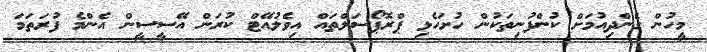
މީހުން ގެންދިއުމަށް ކުންފުނިތަކުން ހުށަހެޅި ޕްރޮޕޯސަލްތައް އިވެލުއޭޓް ކުރަން އޭސީސީން އެންމެ ފުރަތަމަ